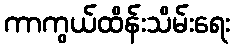
ကာကွယ်ထိန်းသိမ်းရေး